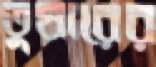
তুষারের